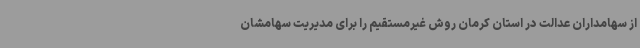
از سهامداران عدالت در استان کرمان روش غیرمستقیم را برای مدیریت سهامشان